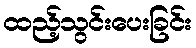
ထည့်သွင်းပေးခြင်း